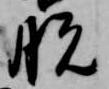
脱